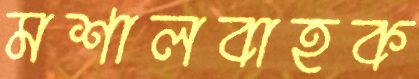
মশালবাহক